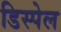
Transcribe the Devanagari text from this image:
डिस्पेल